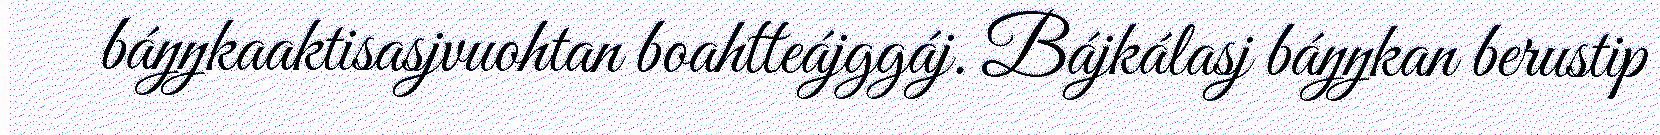
báŋŋkaaktisasjvuohtan boahtteájggáj. Bájkálasj báŋŋkan berustip